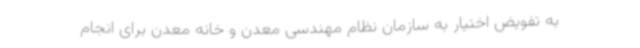
به تفویض اختیار به سازمان نظام مهندسی معدن و خانه معدن برای انجام